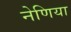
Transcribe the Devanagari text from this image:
नेणिया